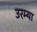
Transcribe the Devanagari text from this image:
उरम्या